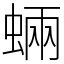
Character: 蜽